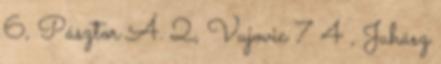
6, Pásztor Á. 2, Vujovic 7 4 , Juhász